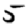
Digit: 5